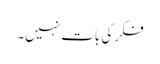
فکر کی بات نہیں۔